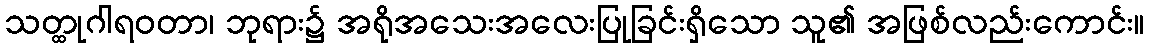
သတ္ထုဂါရဝတာ၊ ဘုရား၌ အရိုအသေးအလေးပြုခြင်းရှိသော သူ၏ အဖြစ်လည်းကောင်း။